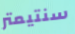
سنتيمتر